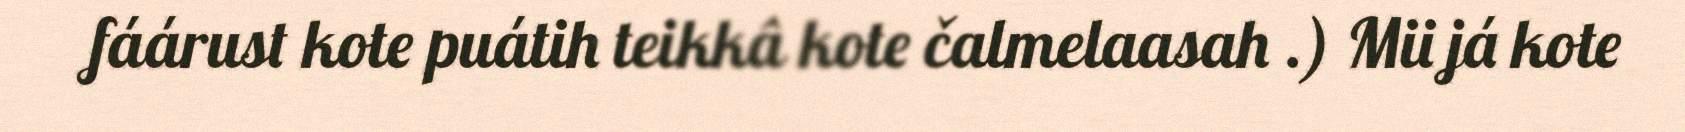
fáárust kote puátih teikkâ kote čalmelaasah .) Mii já kote